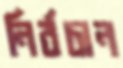
নির্বচান